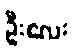
ဦးလေး